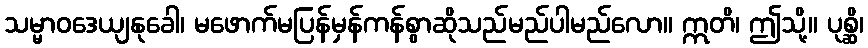
သမ္မာဝဒေယျနုခေါ၊ မဖောက်မပြန်မှန်ကန်စွာဆိုသည်မည်ပါမည်လော။ ဣတိ၊ ဤသို့။ ပုစ္ဆိ၊